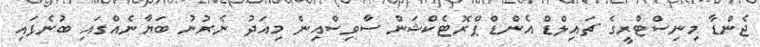
ޖެންޑާ މިނިސްޓްރީގެ ޗައިލްޑް އެންޑް ޕްރޮޓެކްޝަން ސާވިސްއިން މިއަދު ނެރުނު ބަޔާނެއްގައި ބުނެފައި